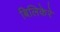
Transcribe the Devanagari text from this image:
बिलिकेरे